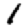
Digit: 1